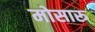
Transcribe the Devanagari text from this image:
मोसारू